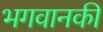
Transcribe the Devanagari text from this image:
भगवानकी